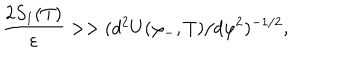
LaTeX: { \frac { 2 S _ { 1 } ( T ) } { \varepsilon } } > > ( d ^ { 2 } { U ( \varphi _ { - } , T ) } / d \varphi ^ { 2 } ) ^ { - 1 / 2 } ,